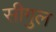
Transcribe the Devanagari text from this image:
सीगुल